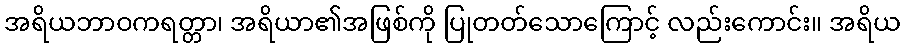
အရိယဘာဝကရတ္တာ၊ အရိယာ၏အဖြစ်ကို ပြုတတ်သောကြောင့် လည်းကောင်း။ အရိယ